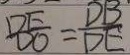
\frac { D E } { D O } = \frac { D B } { D E }